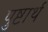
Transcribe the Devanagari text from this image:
पुष्टार्थ